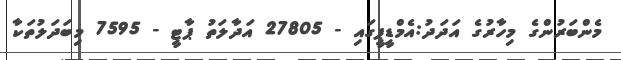
މެންބަރުންގެ މިހާރުގެ އަދަދު:އެމްޑީޕީގައި - 27805 އަދާލަތު ޕާޓީ - 7595 މިބަދަލުތަކާ